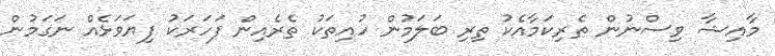
މާއިޝާ ވިސްނުން ތެރިކަމާއެކު ތިރި ބަލަމުން ހުއިތަކު ތެރެއިން ފަހަރަކު ފިޔަވަޅެއް ނަގަމުން